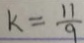
k = \frac { 1 1 } { 9 }